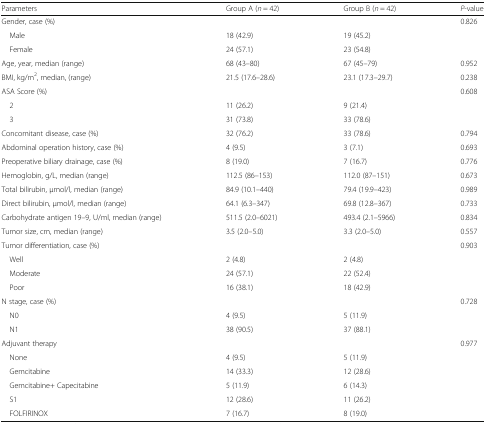
<table><thead><tr><td><b>Parameters</b></td><td><b>Group A (<i>n</i> = 42)</b></td><td><b>Group B (<i>n</i> = 42)</b></td><td><b><i>P</i>-value</b></td></tr></thead><tbody><tr><td>Gender, case (%)</td><td></td><td></td><td>0.826</td></tr><tr><td> Male</td><td>18 (42.9)</td><td>19 (45.2)</td><td></td></tr><tr><td> Female</td><td>24 (57.1)</td><td>23 (54.8)</td><td></td></tr><tr><td>Age, year, median (range)</td><td>68 (43–80)</td><td>67 (45–79)</td><td>0.952</td></tr><tr><td>BMI, kg/m<sup>2</sup>, median, (range)</td><td>21.5 (17.6–28.6)</td><td>23.1 (17.3–29.7)</td><td>0.238</td></tr><tr><td>ASA Score (%)</td><td></td><td></td><td>0.608</td></tr><tr><td> 2</td><td>11 (26.2)</td><td>9 (21.4)</td><td></td></tr><tr><td> 3</td><td>31 (73.8)</td><td>33 (78.6)</td><td></td></tr><tr><td>Concomitant disease, case (%)</td><td>32 (76.2)</td><td>33 (78.6)</td><td>0.794</td></tr><tr><td>Abdominal operation history, case (%)</td><td>4 (9.5)</td><td>3 (7.1)</td><td>0.693</td></tr><tr><td>Preoperative biliary drainage, case (%)</td><td>8 (19.0)</td><td>7 (16.7)</td><td>0.776</td></tr><tr><td>Hemoglobin, g/L, median (range)</td><td>112.5 (86–153)</td><td>112.0 (87–151)</td><td>0.673</td></tr><tr><td>Total bilirubin, μmol/l, median (range)</td><td>84.9 (10.1–440)</td><td>79.4 (19.9–423)</td><td>0.989</td></tr><tr><td>Direct bilirubin, μmol/l, median (range)</td><td>64.1 (6.3–347)</td><td>69.8 (12.8–367)</td><td>0.733</td></tr><tr><td>Carbohydrate antigen 19–9, U/ml, median (range)</td><td>511.5 (2.0–6021)</td><td>493.4 (2.1–5966)</td><td>0.834</td></tr><tr><td>Tumor size, cm, median (range)</td><td>3.5 (2.0–5.0)</td><td>3.3 (2.0–5.0)</td><td>0.557</td></tr><tr><td>Tumor differentiation, case (%)</td><td></td><td></td><td>0.903</td></tr><tr><td> Well</td><td>2 (4.8)</td><td>2 (4.8)</td><td></td></tr><tr><td> Moderate</td><td>24 (57.1)</td><td>22 (52.4)</td><td></td></tr><tr><td> Poor</td><td>16 (38.1)</td><td>18 (42.9)</td><td></td></tr><tr><td>N stage, case (%)</td><td></td><td></td><td>0.728</td></tr><tr><td> N0</td><td>4 (9.5)</td><td>5 (11.9)</td><td></td></tr><tr><td> N1</td><td>38 (90.5)</td><td>37 (88.1)</td><td></td></tr><tr><td>Adjuvant therapy</td><td></td><td></td><td>0.977</td></tr><tr><td> None</td><td>4 (9.5)</td><td>5 (11.9)</td><td></td></tr><tr><td> Gemcitabine</td><td>14 (33.3)</td><td>12 (28.6)</td><td></td></tr><tr><td> Gemcitabine+ Capecitabine</td><td>5 (11.9)</td><td>6 (14.3)</td><td></td></tr><tr><td> S1</td><td>12 (28.6)</td><td>11 (26.2)</td><td></td></tr><tr><td> FOLFIRINOX</td><td>7 (16.7)</td><td>8 (19.0)</td><td></td></tr></tbody></table>